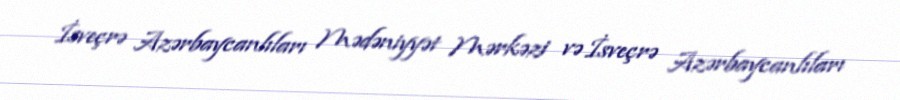
İsveçrə Azərbaycanlıları Mədəniyyət Mərkəzi və İsveçrə Azərbaycanlıları